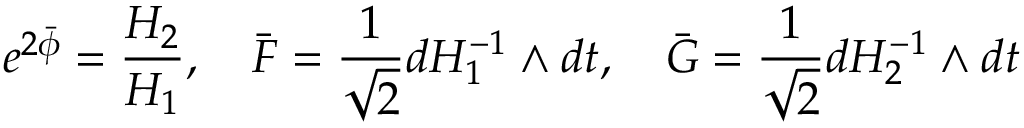
e ^ { 2 \bar { \phi } } = { \frac { H _ { 2 } } { H _ { 1 } } } , ~ ~ ~ \bar { F } = { \frac { 1 } { \sqrt 2 } } d H _ { 1 } ^ { - 1 } \wedge d t , ~ ~ ~ \bar { G } = { \frac { 1 } { \sqrt 2 } } d H _ { 2 } ^ { - 1 } \wedge d t